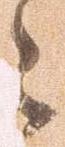
々